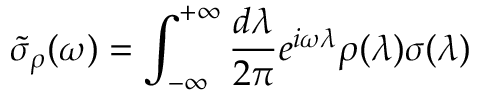
\tilde { \sigma } _ { \rho } ( \omega ) = \int _ { - \infty } ^ { + \infty } \frac { d \lambda } { 2 \pi } e ^ { i \omega \lambda } \rho ( \lambda ) \sigma ( \lambda )